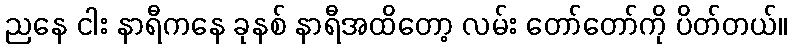
ညနေ ငါး နာရီကနေ ခုနစ် နာရီအထိတော့ လမ်း တော်တော်ကို ပိတ်တယ်။